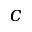
c